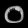
Digit: ၀